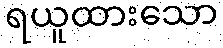
ရယူထားသော